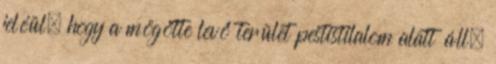
jeléül, hogy a mögötte levő terület pestistilalom alatt áll.